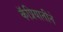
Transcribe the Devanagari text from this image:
कॅप्रियातीने